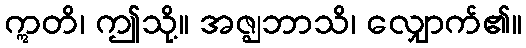
ဣတိ၊ ဤသို့။ အဇ္ဈဘာသိ၊ လျှောက်၏။